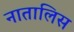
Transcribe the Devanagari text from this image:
नातालिस